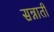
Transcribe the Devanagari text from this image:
सन्नाती